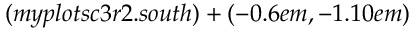
( m y p l o t s c 3 r 2 . s o u t h ) + ( - 0 . 6 e m , - 1 . 1 0 e m )